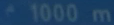
1000m